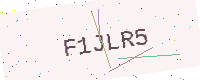
Text: F1JLR5